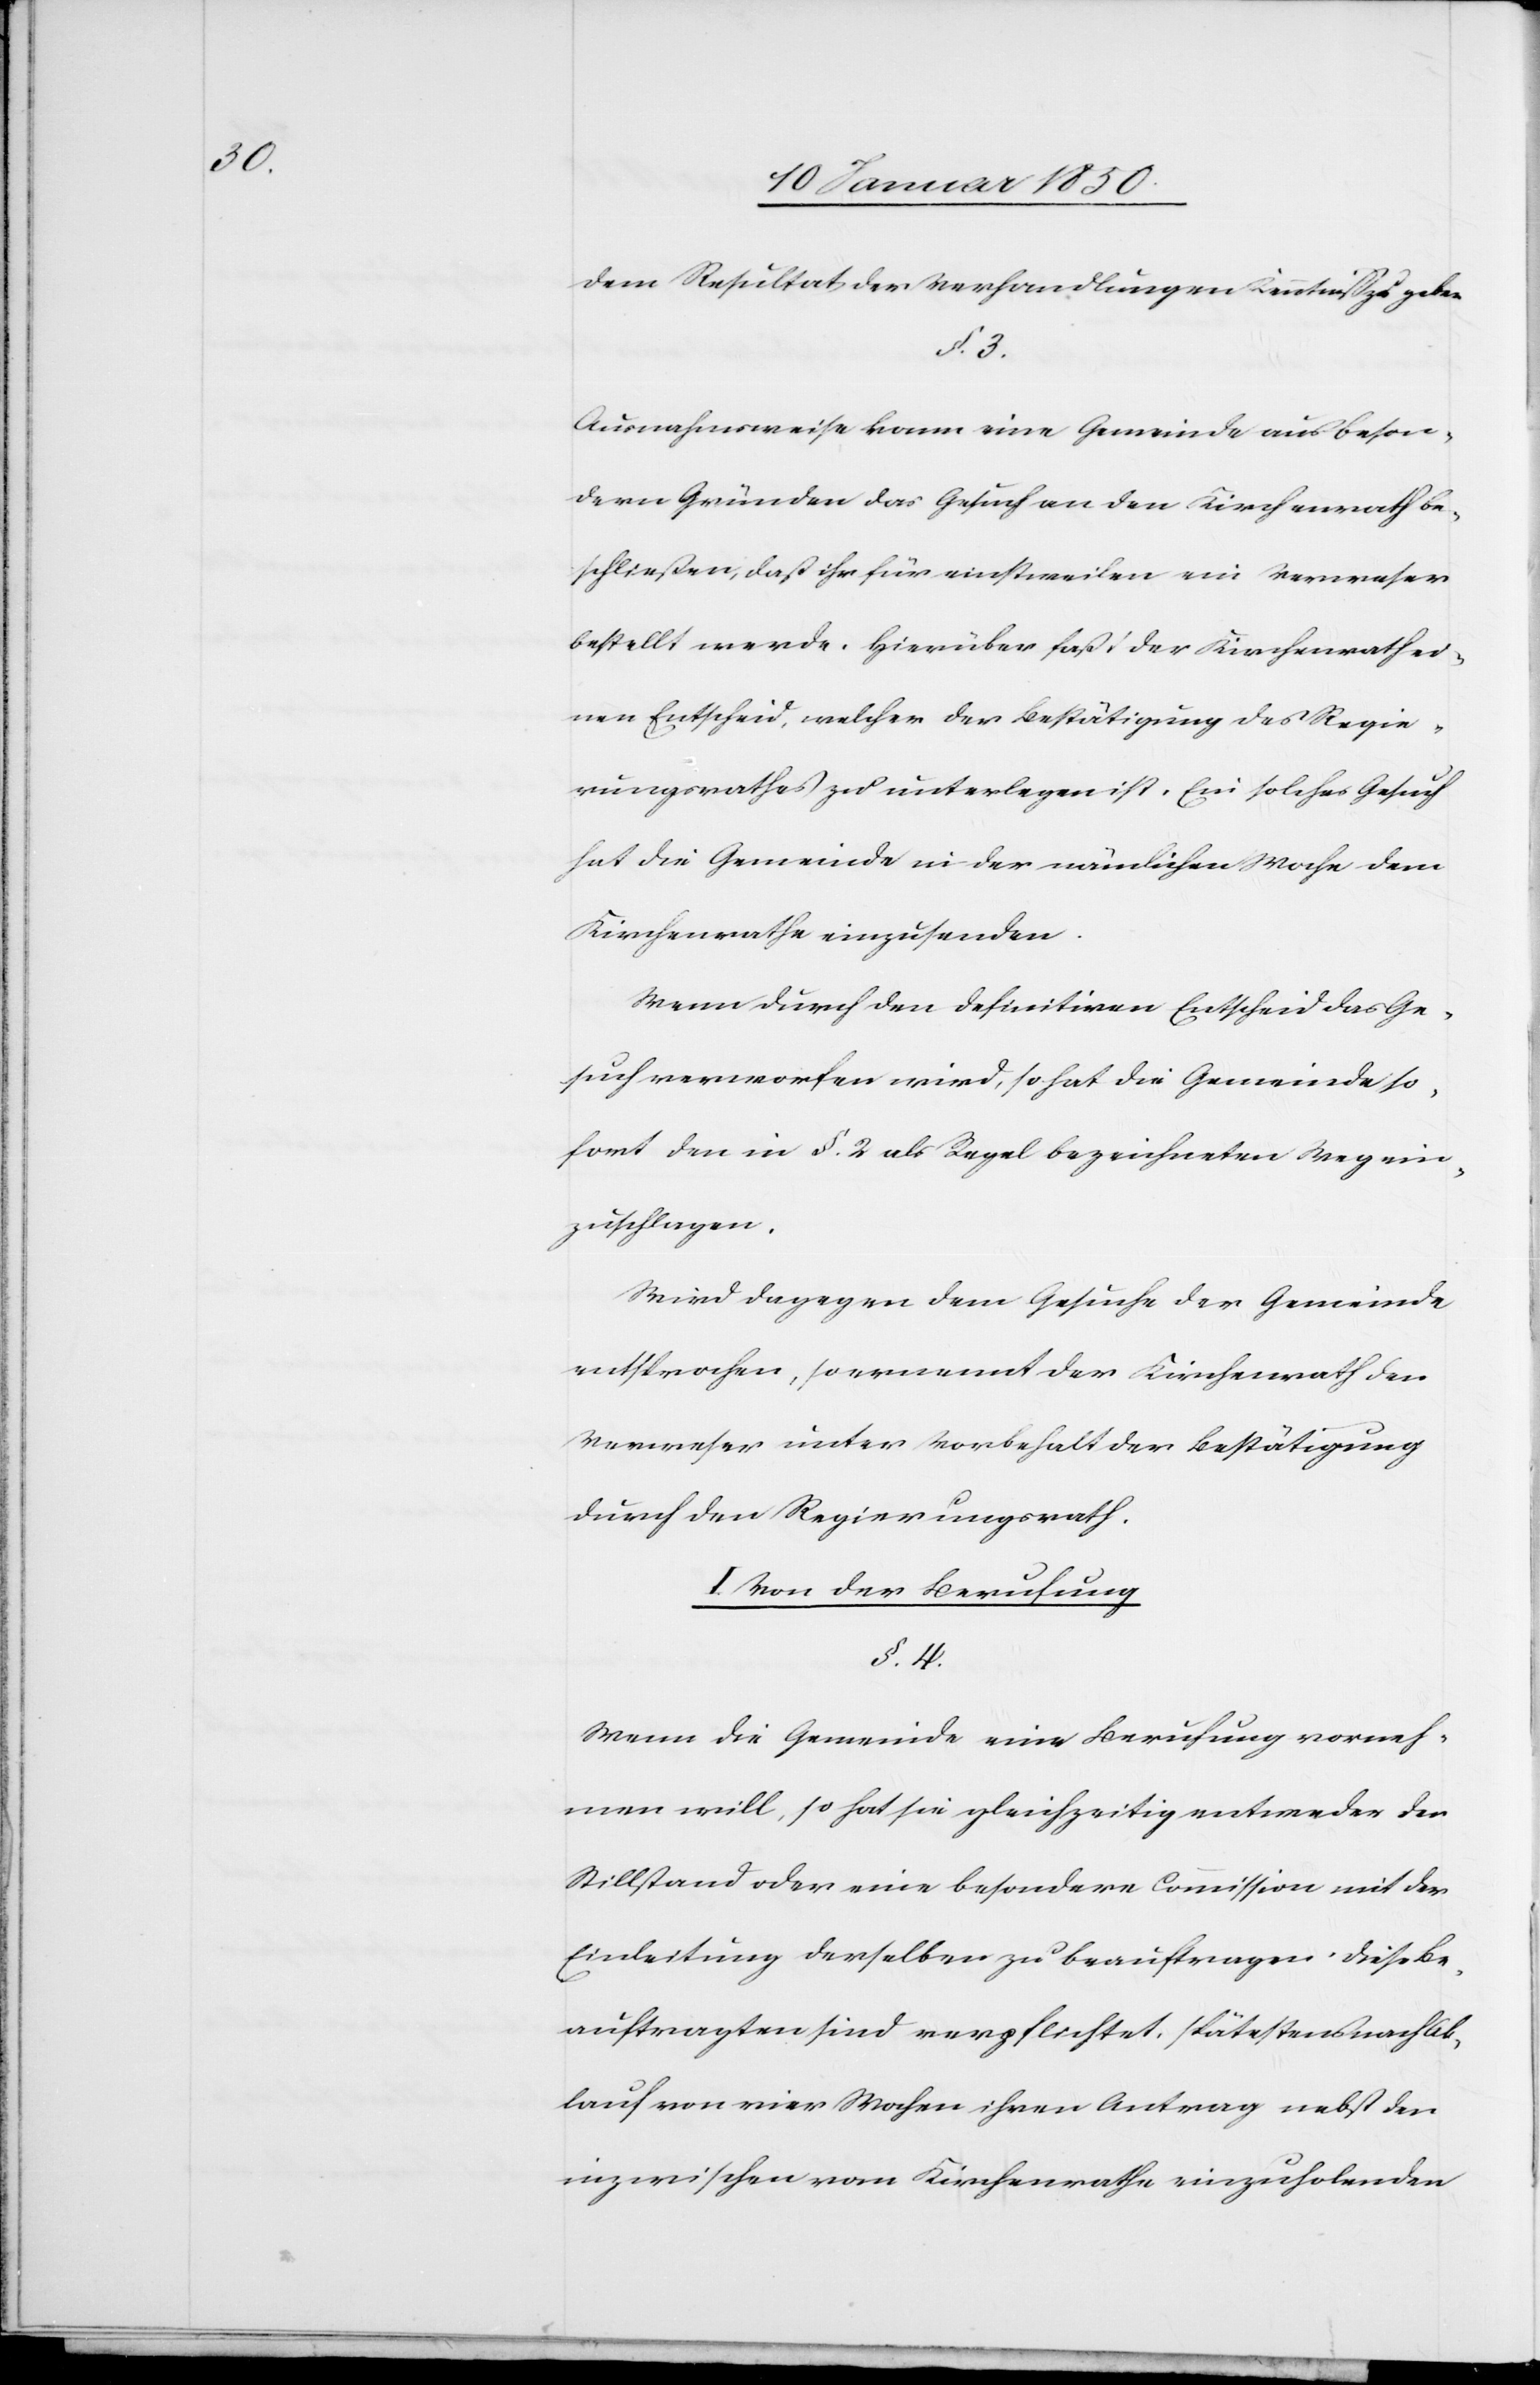
dem Resultat der Verhandlungen Kenntniß zu geben.
§. 3.
Ausnahmsweise kann eine Gemeinde aus beson¬
dern Gründen das Gesuch an den Kirchenrath be¬
schließen, daß ihr für einstweilen ein Verweser
bestellt werde. Hierüber faßt der Kirchenrath ei¬
nen Entscheid, welcher der Bestätigung des Regie¬
rungsrathes zu unterlegen ist. Ein solches Gesuch
hat die Gemeinde in der nämlichen Woche dem
Kirchenrathe einzusenden.
Wenn durch den definitiven Entscheid das Ge¬
such verworfen wird, so hat die Gemeinde so¬
fort den in §. 2. als Regel bezeichneten Weg ein¬
zuschlagen.
Wird dagegen dem Gesuche der Gemeinde
entsprochen, so ernennt der Kirchenrath den
Verweser unter Vorbehalt der Bestätigung
durch den Regierungsrath.
I. Von der Berufung.
§. 4.
Wenn die Gemeinde eine Berufung vorneh¬
men will, so hat sie gleichzeitig entweder der
Stillstand oder eine besondere Commission mit der
Einleitung derselben zu beauftragen. Diese Be¬
auftragten sind verpflichtet, spätestens nach Ab¬
lauf von vier Wochen ihren Antrag nebst der
inzwischen vom Kirchenrathe einzuholenden